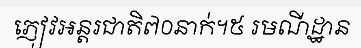
ភ្ញៀវអន្តរជាតិ៧០នាក់។៥ រមណីដ្ឋាន